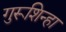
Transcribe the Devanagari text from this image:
गुरूशिन्हा